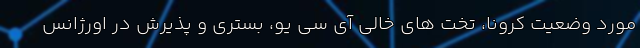
مورد وضعیت کرونا، تخت های خالی آی سی یو، بستری و پذیرش در اورژانس